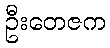
ဦးတေဇက